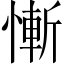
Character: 慚